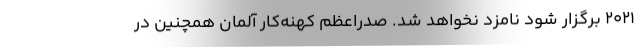
۲۰۲۱ برگزار شود نامزد نخواهد شد. صدراعظم کهنه‌کار آلمان همچنین در